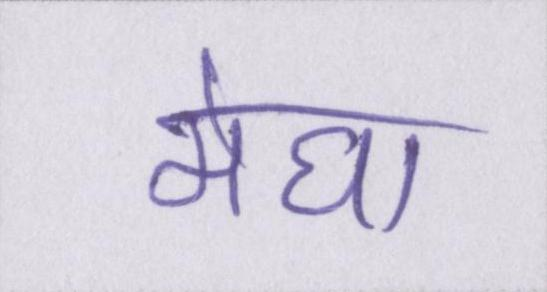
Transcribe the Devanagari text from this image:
मेघा